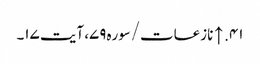
۴۱. ↑ نازعات/سوره۷۹، آیت ۱۷۔